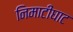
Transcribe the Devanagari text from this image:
निमाटीघाट